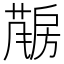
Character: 𱟤